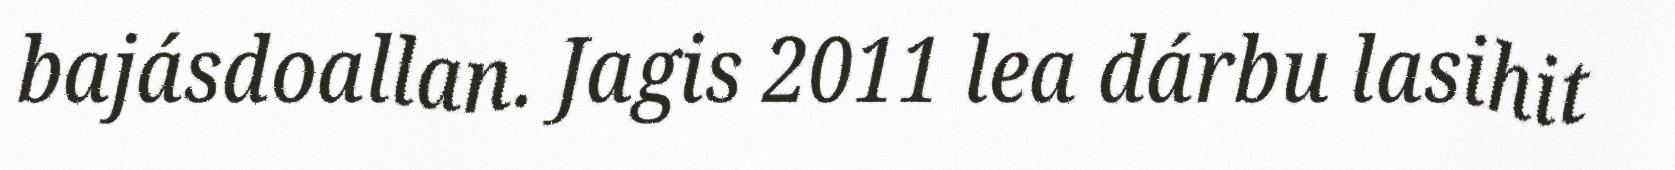
bajásdoallan. Jagis 2011 lea dárbu lasihit